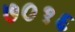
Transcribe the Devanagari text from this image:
७०१६